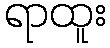
ရာထူး